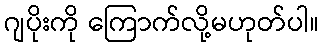
ဂျပိုးကို ကြောက်လို့မဟုတ်ပါ။